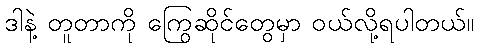
ဒါနဲ့ တူတာကို ကြွေဆိုင်တွေမှာ ဝယ်လို့ရပါတယ်။